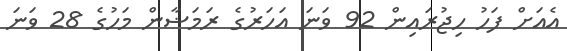
އެއަށް ފަހު ހިޖުރައިން 92 ވަނަ އަހަރުގެ ރަމަޟާން މަހުގެ 28 ވަނަ